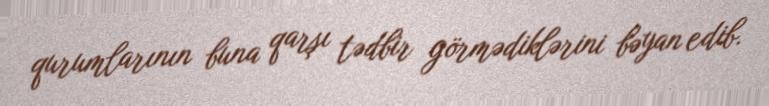
qurumlarının buna qarşı tədbir görmədiklərini bəyan edib.